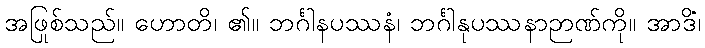
အဖြစ်သည်။ ဟောတိ၊ ၏။ ဘင်္ဂါနုပဿနံ၊ ဘင်္ဂါနုပဿနာဉာဏ်ကို။ အာဒိံ၊